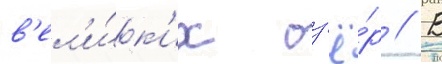
в'ел'и́к'их оз'ё́р // В